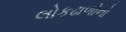
લોકઢાળોનો